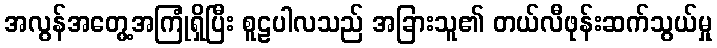
အလွန်အတွေ့အကြုံရှိပြီး စူဠပါလသည် အခြားသူ၏ တယ်လီဖုန်းဆက်သွယ်မှု